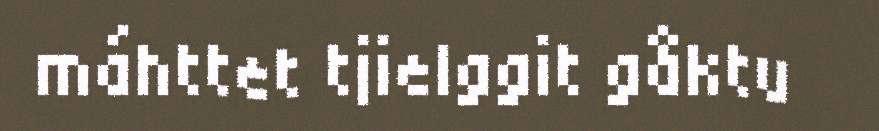
máhttet tjielggit gåktu